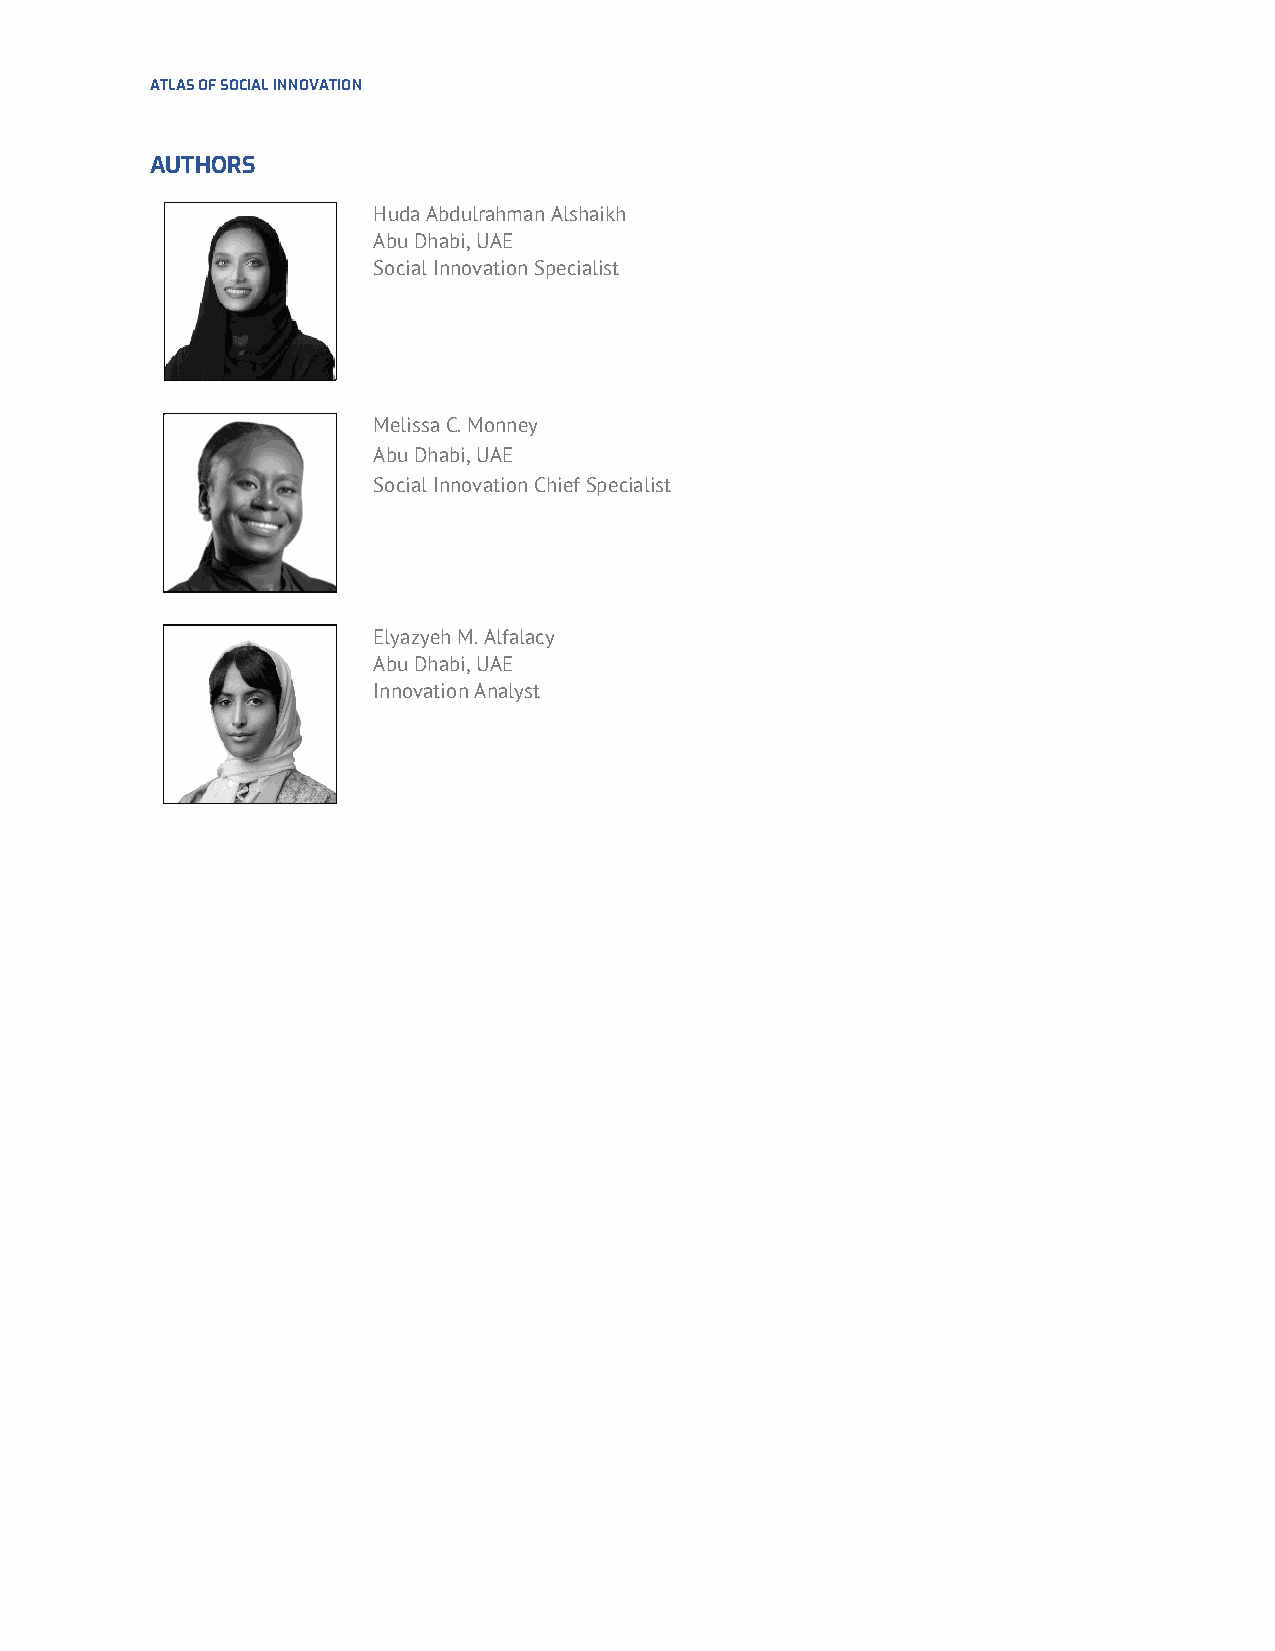
ATLAS OF SOCIAL INNOVATION
 AUTHORS
 Huda Abdulrahman Alshaikh
 Abu Dhabi, UAE
 Social Innovation Specialist
 Melissa C. Monney
 Abu Dhabi, UAE
 Social Innovation Chief Specialist
 Elyazyeh M. Alfalacy
 Abu Dhabi, UAE
 Innovation Analyst